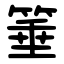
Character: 箠